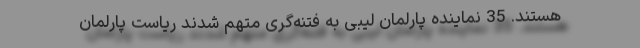
هستند. 35 نماینده پارلمان لیبی به فتنه‌گری متهم شدند ریاست پارلمان